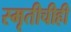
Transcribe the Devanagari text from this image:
स्मृतीचीही